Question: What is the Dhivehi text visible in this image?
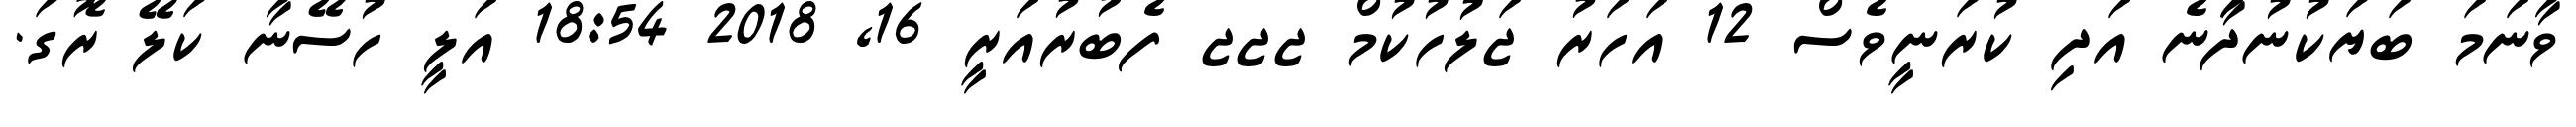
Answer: ވާނަމަ ބަޔަކުނުދަާނެ އަދި ކުރަނީވެސް 12 އަހަރު ޖަލުހުކުމް ޖޖޖ ފެބުރުއަރީ 16, 2018 18:54 އަލީ ހުސޭނާ ކަލޭ ރޮގަ.